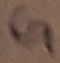
Text: G